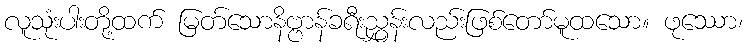
လူသုံးပါးတို့ထက် မြတ်သောနိဗ္ဗာန်ခရီးညွှန်းလည်းဖြစ်တော်မူထသော။ ဖုဿော၊